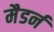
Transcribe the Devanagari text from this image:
मैडर्न